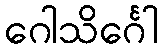
ဂေါသိင်္ဂေါ